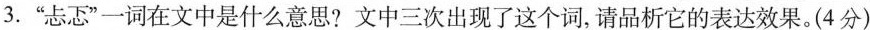
3.”忐忑”一词在文中是什么意思?文中三次出现了这个词，请品析它的表达效果。(4分)